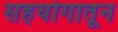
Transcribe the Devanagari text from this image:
सहयोगातून